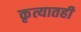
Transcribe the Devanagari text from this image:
कृत्यातही